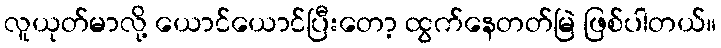
လူယုတ်မာလို့ ယောင်ယောင်ပြီးတော့ ထွက်နေတတ်မြဲ ဖြစ်ပါတယ်။